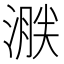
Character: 𣹸